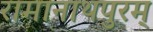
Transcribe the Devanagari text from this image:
रामानाथपुरम्